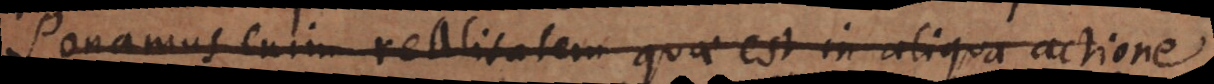
Ponamus enim realitatem quae est in aliqua actione